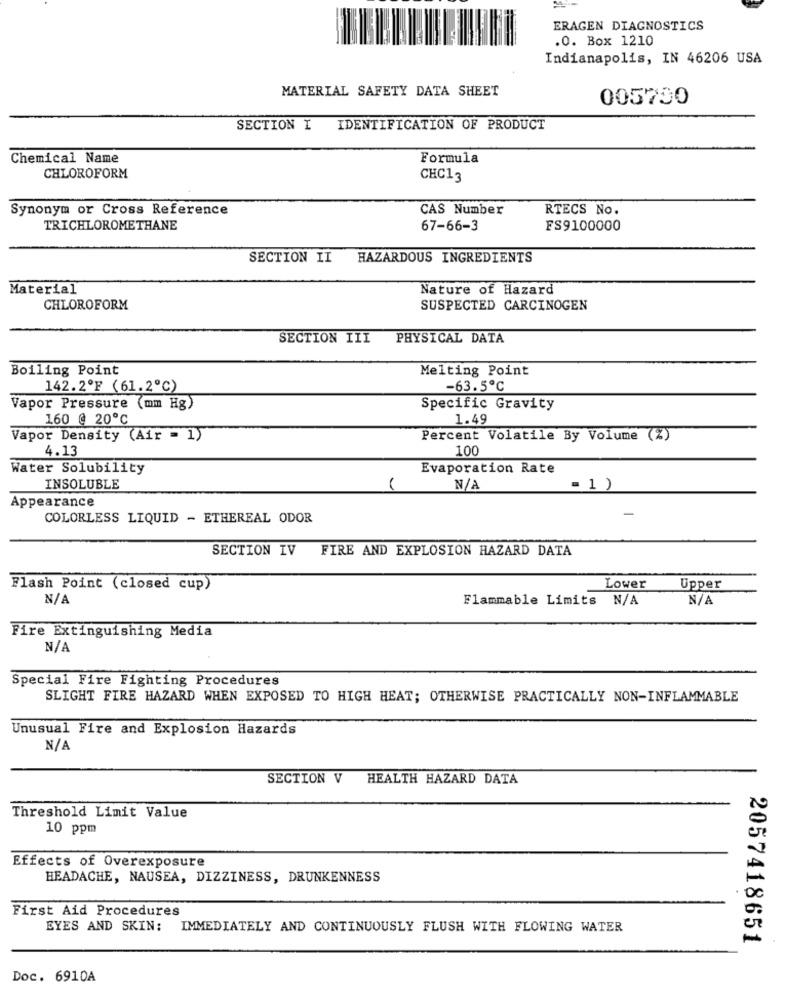
ERAGEN DIAGNOSTICS
.O. Box 1210
Indianapolis, IN 46206 USA
MATERIAL SAFETY DATA SHEET
005730
SECTION I
IDENTIFICATION OF PRODUCT
Chemical Name
Formula
CHLOROFORM
CHC13
Synonym or Cross Reference
CAS Number
RTECS No.
TRICHLOROMETHANE
67-66-3
FS9100000
SECTION II
HAZARDOUS INGREDIENTS
Material
Nature of Hazard
CHLOROFORM
SUSPECTED CARCINOGEN
SECTION III
PHYSICAL DATA
Boiling Point
Melting Point
142.2ºF (61.2℃)
-63.5℃
Vapor Pressure (mm Hg)
Specific Gravity
160 @ 20℃
1.49
Vapor Density (Air = 1)
Percent Volatile By Volume (%)
4.13
100
Water Solubility
Evaporation Rate
INSOLUBLE
= 1 )
Appearance
COLORLESS LIQUID - ETHEREAL ODOR
SECTION IV
FIRE AND EXPLOSION HAZARD DATA
Flash Point (closed cup)
Lower
Upper
Flammable Limits N/A
Fire Extinguishing Media
Special Fire Fighting Procedures
SLIGHT FIRE HAZARD WHEN EXPOSED TO HIGH HEAT; OTHERWISE PRACTICALLY NON-INFLAMMABLE
Unusual Fire and Explosion Hazards
SECTION V
HEALTH HAZARD DATA
Threshold Limit Value
10 ppm
Effects of Overexposure
HEADACHE, NAUSEA, DIZZINESS, DRUNKENNESS
First Aid Procedures
EYES AND SKIN:
IMMEDIATELY AND CONTINUOUSLY FLUSH WITH FLOWING WATER
2057418651
Doc. 6910A